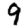
Digit: 9